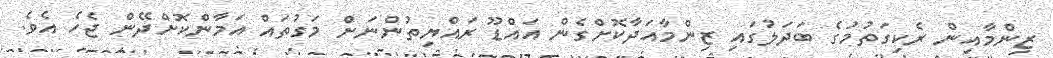
ޒިންމާއިން ރެކިގަތުމުގެ ބަދަލުގައި ޒިންމާއަދާކޮށްގެން އައްޑޫ ރައްޔިތުންނަށް މަގުތައް އަމާންކޮށްދޭން ޖެހެ އެވެ.